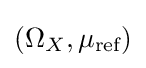
(\Omega _{X},\mu _{\text{ref}})